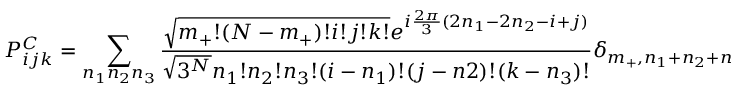
P _ { i j k } ^ { C } = \sum _ { n _ { 1 } n _ { 2 } n _ { 3 } } \frac { \sqrt { m _ { + } ! ( N - m _ { + } ) ! i ! j ! k ! } e ^ { i \frac { 2 \pi } { 3 } ( 2 n _ { 1 } - 2 n _ { 2 } - i + j ) } } { \sqrt { 3 ^ { N } } n _ { 1 } ! n _ { 2 } ! n _ { 3 } ! ( i - n _ { 1 } ) ! ( j - n 2 ) ! ( k - n _ { 3 } ) ! } \delta _ { m _ { + } , n _ { 1 } + n _ { 2 } + n _ { 3 } } .